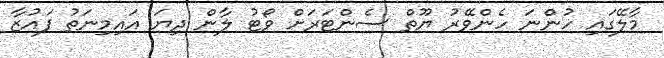
މާލޭގައި ހުންނަ ހެންވޭރު ޔޫތް ސެންޓަރަށް ވޯޓު ލާން ދިޔަ އައިމިނަތު ފައުޒާ